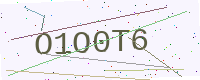
Text: O1O0T6